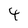
Character: 4